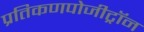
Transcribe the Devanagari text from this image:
प्रतिकणपोजीट्रॉन